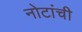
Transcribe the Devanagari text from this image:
नोटांची